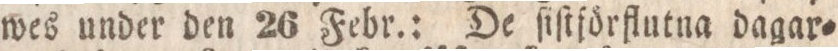
wes under den 26 Febr.: De ſiſtförflutna dagar=